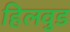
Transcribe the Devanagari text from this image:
हिलवुड